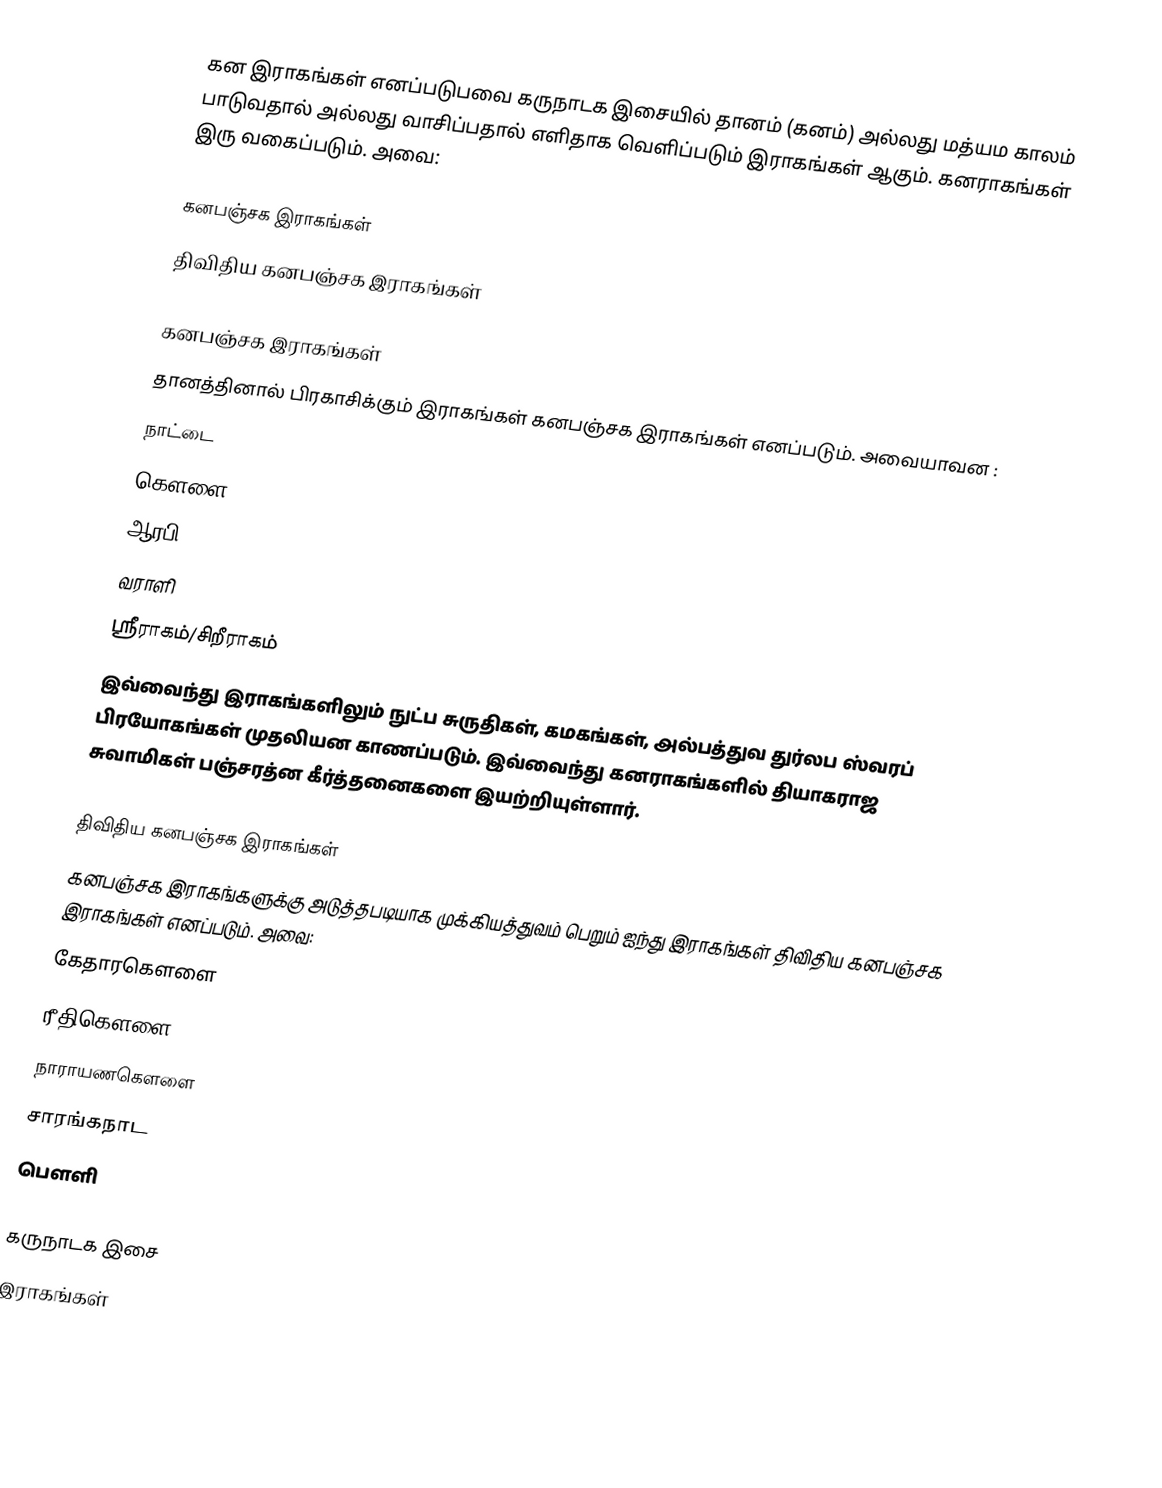
கன இராகங்கள் எனப்படுபவை கருநாடக இசையில் தானம் (கனம்) அல்லது மத்யம காலம் பாடுவதால் அல்லது வாசிப்பதால் எளிதாக வெளிப்படும் இராகங்கள் ஆகும். கனராகங்கள் இரு வகைப்படும். அவை:

 கனபஞ்சக இராகங்கள்
 திவிதிய கனபஞ்சக இராகங்கள்

கனபஞ்சக இராகங்கள்
தானத்தினால் பிரகாசிக்கும் இராகங்கள் கனபஞ்சக இராகங்கள் எனப்படும். அவையாவன :
 நாட்டை
 கௌளை
 ஆரபி
 வராளி
 ஸ்ரீராகம்/சிறீராகம்
இவ்வைந்து இராகங்களிலும் நுட்ப சுருதிகள், கமகங்கள், அல்பத்துவ துர்லப ஸ்வரப் பிரயோகங்கள் முதலியன காணப்படும். இவ்வைந்து கனராகங்களில் தியாகராஜ சுவாமிகள் பஞ்சரத்ன கீர்த்தனைகளை இயற்றியுள்ளார்.

திவிதிய கனபஞ்சக இராகங்கள்
கனபஞ்சக இராகங்களுக்கு அடுத்தபடியாக முக்கியத்துவம் பெறும் ஐந்து இராகங்கள் திவிதிய கனபஞ்சக இராகங்கள் எனப்படும். அவை:
 கேதாரகௌளை
 ரீதிகௌளை
 நாராயணகௌளை
 சாரங்கநாட
 பௌளி

 கருநாடக இசை
இராகங்கள்